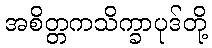
အစိတ္တကသိက္ခာပုဒ်တို့